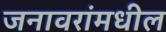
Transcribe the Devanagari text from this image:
जनावरांमधील